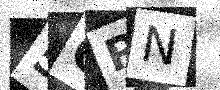
Text: 5QPN